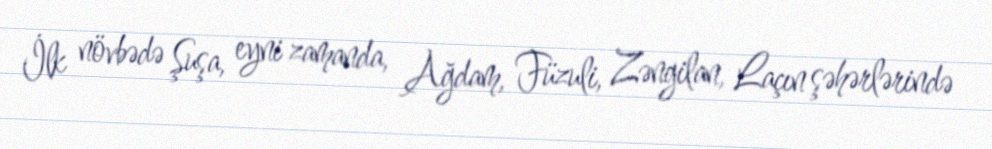
İlk növbədə Şuşa, eyni zamanda, Ağdam, Füzuli, Zəngilan, Laçın şəhərlərində